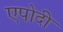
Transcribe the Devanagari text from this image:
एपोदी